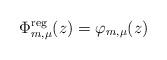
LaTeX: \begin{align*}\Phi^\mathrm{reg}_{m,\mu} (z) = \varphi_{m,\mu} (z)\end{align*}